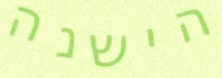
הישנה